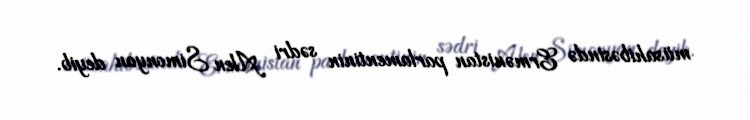
müsahibəsində Ermənistan parlamentinin sədri Alen Simonyan deyib.